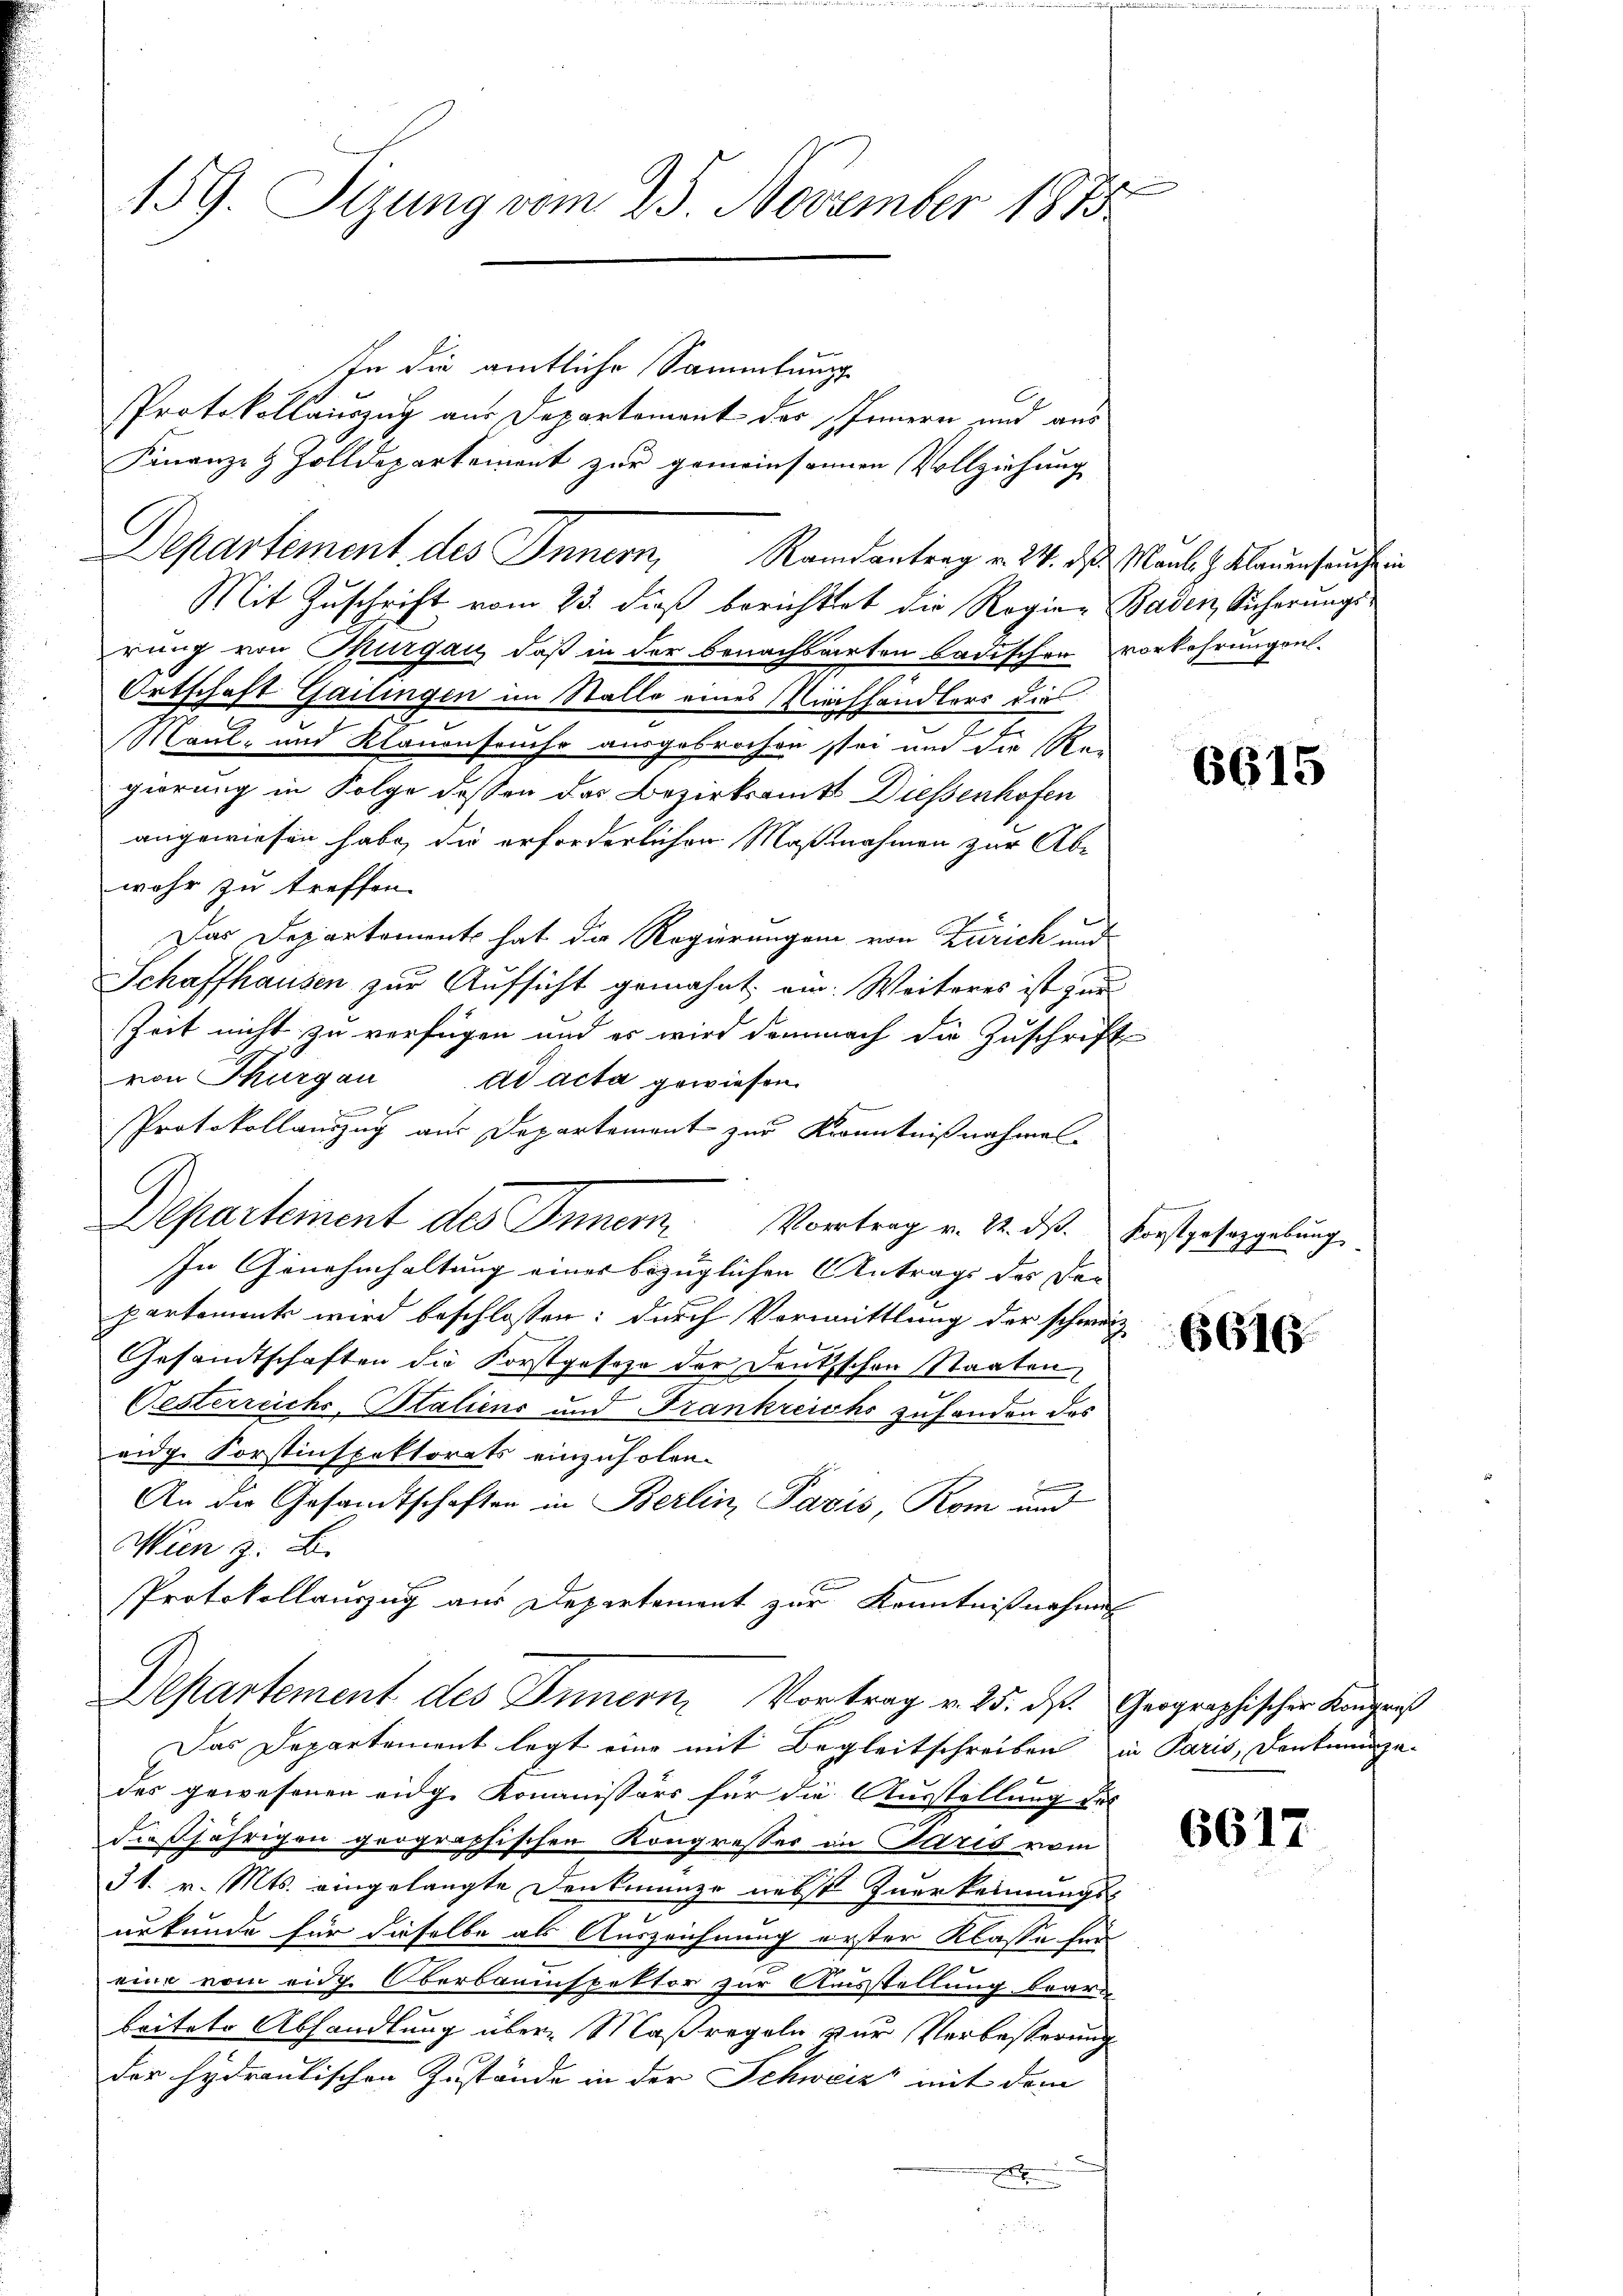
159. Sizung vom 25. November 1873.

In die amtliche Sammlung
Protokollauszug aus Departement der Innern und aus
Finanze & Zolldepartement zur gemeinsamen Vollziehung
Mit Zuschrift vom 23. dieß berichtet die Regien Baden Sicherungsrung von Thurgau, daß in der benachsarten badischen vorkehrungsal-
Ortschaft Gailingen im Stalle eines Kirchhändlers die
Maul- und Klauenseuche ausgebrochen sei und die Re-
gierung in Folge dessen das Bezirksamts Diesenhofen
angewiesen habe, die erforderlichen Maßnahmen zur Abwehr zu treffen.
Das Departement hat die Regierungen von Zürich und
Schaffhausen zur Aufsicht gemahnt, ein. Weiteres ist zur
Zeit nicht zu verfügen und es wird demnach die Zuschrift
von Thurgau ad acta gewiesen

Protokollauszug aus Departement zur Kenntnißnahme.
Departement des Innern Vortrag v. M. ds. Forstgeseggelung.
In Genehmhaltung eines bezüglichen Antrags des De-
partement wird beschlossen: durch Vormittlung der schwerz
Gesandtschaften die Forstgesehe der Deutschen Staaten
Oesterreichs-Italiens und Frankreichs zufanden das
eidg. Sorstinspektorats einzuholen.
An die Gesandtschaften in Berlin, Pavis, Rom und
Wien z. B.
Protokollauszug aus Departement zur Kenntnißnahmen
Departement des Innern, Vortrag v. 25. ds. Geographischer Kongniß
Das Departement legt eine mit Begleitschreiben in Paris, Denkmünze¬
 x
des gewesenen eidg. Kommissärs für die Ausstellung des
dießjährigen grographischen Kongresser in Paris vom
31. v. Mts. eingelangte Denkmünze nebst zuerkennungs-
urkunde für dieselbe als Auszeichnung erster Klasse für
eium vom eidg. Oberbauinspektor zur Ausstellung baare
beitete Abhandlung über Maßregeln zur Verbesserung
der hydrantischen Zustände in der Schweiz mit dem

Departement des Innern, Randantrag v. 24. d. Maule H. Klauenseuch in

6615

6616.

6617